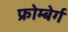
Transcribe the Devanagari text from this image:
फ्रोम्बेर्ग